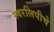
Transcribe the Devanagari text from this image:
स्वरलिपीचे